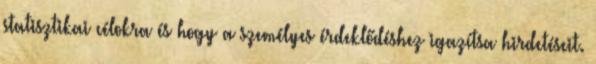
statisztikai célokra és hogy a személyes érdeklődéshez igazítsa hirdetéseit.